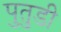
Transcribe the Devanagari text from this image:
पुतुडी